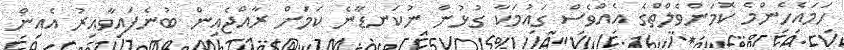
ހަމައެހެންމެ ކޮމަންވެލްތްގެ އެއްވެސް ގައުމަކާ ގުޅުން ނުކަނޑާނެ ކަމަށް ރާއްޖެއިން ބުނެފައިވާއިރު އެއިން